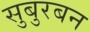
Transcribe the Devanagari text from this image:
सुबुरबन